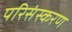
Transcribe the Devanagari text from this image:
परिसंस्करण